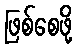
ဖြစ်စေဖို့